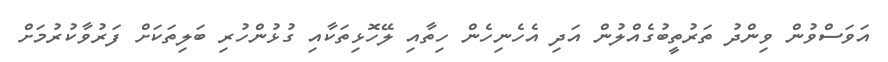
އަވަސްވުން ވިންދު ތަރުތީބުގެއްލުން އަދި އެހެނިހެން ހިތާއި ލޭހޮޅިތަކާއި ގުޅުންހުރި ބަލިތަކަށް ފަރުވާކުރުމަށް